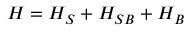
H = { { H } _ { S } } + { { H } _ { S B } } + { { H } _ { B } }